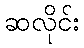
ဆလိုင်း